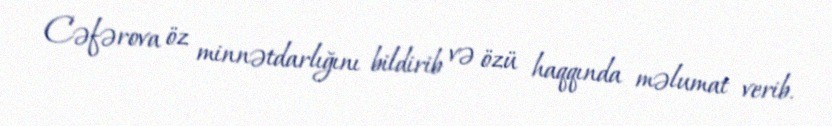
Cəfərova öz minnətdarlığını bildirib və özü haqqında məlumat verib.